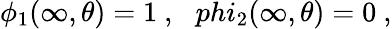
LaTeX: \phi_{1}(\infty,\theta)=1\ ,\ \ \, phi_{2}(\infty,\theta)=0\ ,